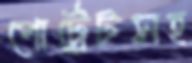
পোর্ট্রেটসহ